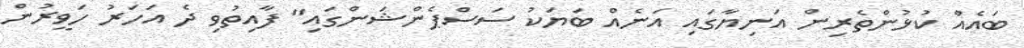
ބައެއް ކުޅުންތެރިން އަނިޔާގައި އަނެއް ބަޔަކު ސަސްޕެންޝަންގައި" ފާއިތުވި ދެ އަހަރު ހަވީރުން